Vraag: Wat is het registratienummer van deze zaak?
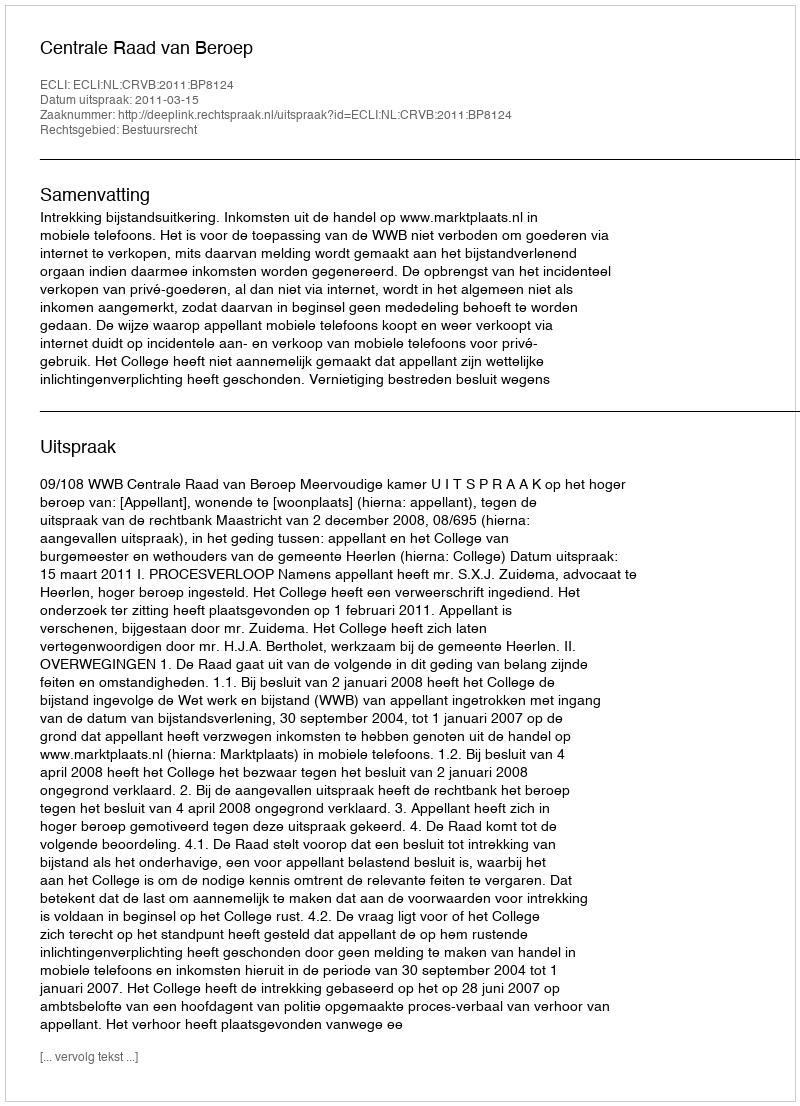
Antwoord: http://deeplink.rechtspraak.nl/uitspraak?id=ECLI:NL:CRVB:2011:BP8124